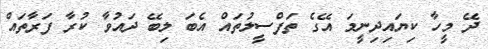
ދޭ މީހާ ކިޔައިދިނީމަ އޭގެ ތަފްސީލުތައް އެބަ ލިބޭ ދައުވާ ކުރާ ފަރާތައް